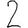
Digit: 2